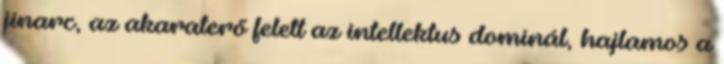
jinarc, az akaraterő felett az intellektus dominál, hajlamos a